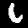
Label: 6